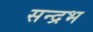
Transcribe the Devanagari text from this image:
सन्द्रभ